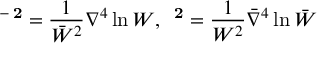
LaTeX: { \bf \bar { \Psi } ^ { 2 } } = \frac { 1 } { \bar { \cal W } ^ { 2 } } \nabla ^ { 4 } \ln { \cal W } , \: { \bf \Psi ^ { 2 } } = \frac { 1 } { { \cal W } ^ { 2 } } \bar { \nabla } ^ { 4 } \ln \bar { \cal W }